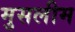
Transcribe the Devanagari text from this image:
मुसलीम